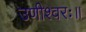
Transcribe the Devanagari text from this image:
उणीश्वरः॥